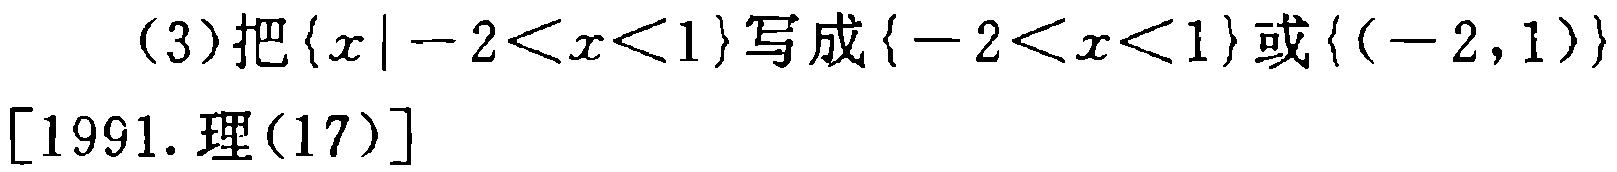
(3)把\(\{x\mid -2 < x < 1\}\)写成\(\{-2 < x < 1\}\)或\(\{(-2,1)\}\)

[1991. 理(17)]